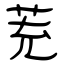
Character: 茺